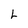
Character: L